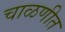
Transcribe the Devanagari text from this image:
चाळणीत